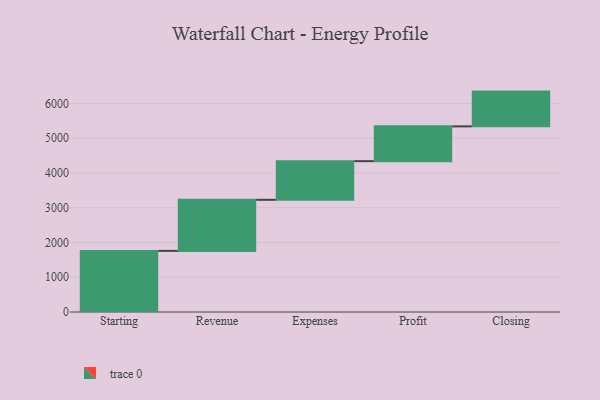
{"axis": {"x": "Step", "y": "Value"}, "legend": [""], "data": [{"x": "Starting", "y": 1757.0, "type": ""}, {"x": "Revenue", "y": 1469.0, "type": ""}, {"x": "Expenses", "y": 1112.0, "type": ""}, {"x": "Profit", "y": 1000, "type": ""}, {"x": "Closing", "y": 1000, "type": ""}]}